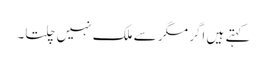
کہتے ہیں اگر مگر سے ملک نہیں چلتا۔